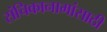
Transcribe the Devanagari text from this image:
संचिकानामांसाठी